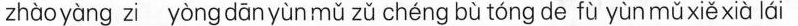
zhào yàng zi yòng dān yùn mǔ zǔ chéng bù tóng de fù yùn mǔ xiě xià lái